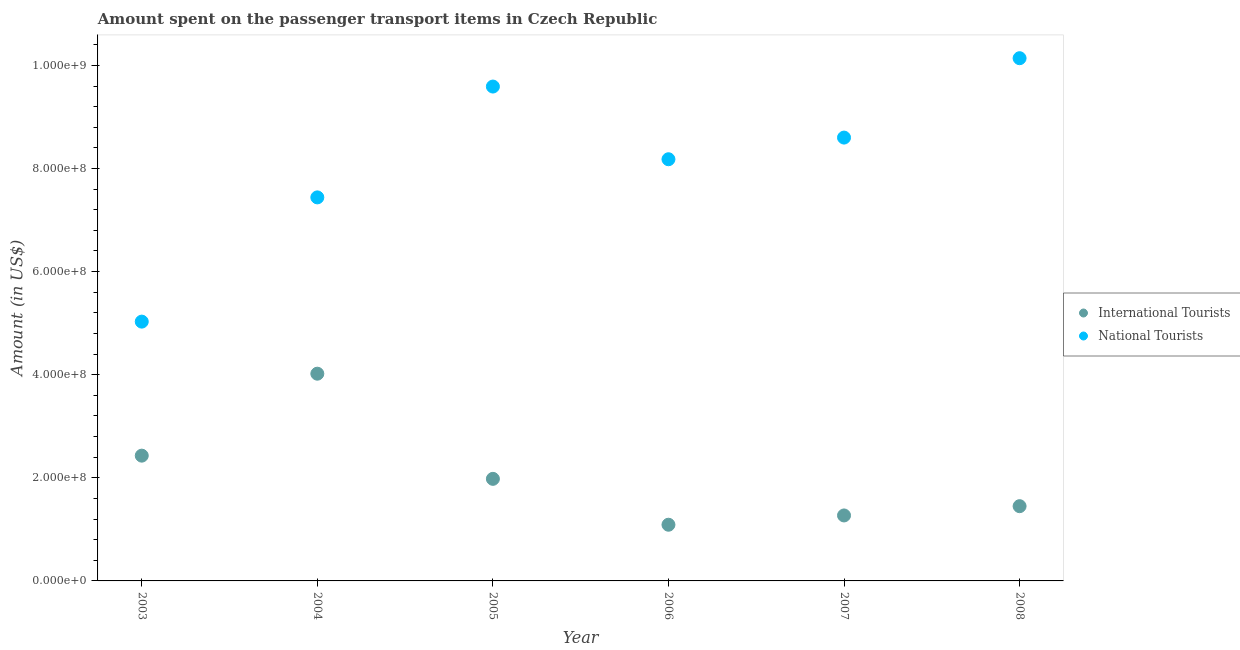
| Year | International Tourists | National Tourists |
 | --- | --- | --- |
 | 2003 | 2.43e+08 | 5.03e+08 |
 | 2004 | 4.02e+08 | 7.44e+08 |
 | 2005 | 1.98e+08 | 9.59e+08 |
 | 2006 | 1.09e+08 | 8.18e+08 |
 | 2007 | 1.27e+08 | 8.6e+08 |
 | 2008 | 1.45e+08 | 1.01e+09 |